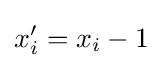
x'_{i}=x_{i}-1